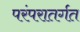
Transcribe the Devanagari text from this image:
परंपरातर्गत